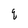
Character: q